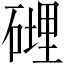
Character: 𥕄